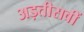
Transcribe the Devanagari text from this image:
अड़तीसवीं